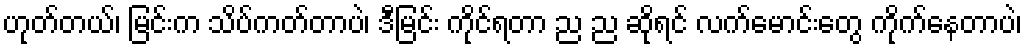
ဟုတ်တယ်၊ မြင်းက သိပ်ကတ်တာပဲ၊ ဒီမြင်း ကိုင်ရတာ ည ည ဆိုရင် လက်မောင်းတွေ ကိုက်နေတာပဲ၊